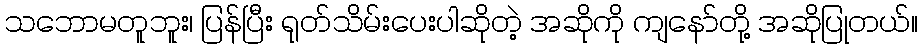
သဘောမတူဘူး၊ ပြန်ပြီး ရုတ်သိမ်းပေးပါဆိုတဲ့ အဆိုကို ကျနော်တို့ အဆိုပြုတယ်။